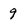
Character: 9